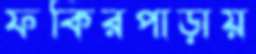
ফকিরপাড়ায়